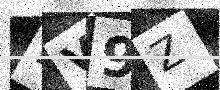
Text: KV9Z